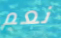
نعم